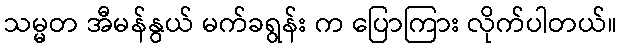
သမ္မတ အီမန်နွယ် မက်ခရွန်း က ပြောကြား လိုက်ပါတယ်။